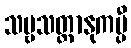
သဗ္ဗသတ္တာနုကမ္ပီ